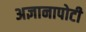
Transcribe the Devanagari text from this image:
अज्ञानापोटी